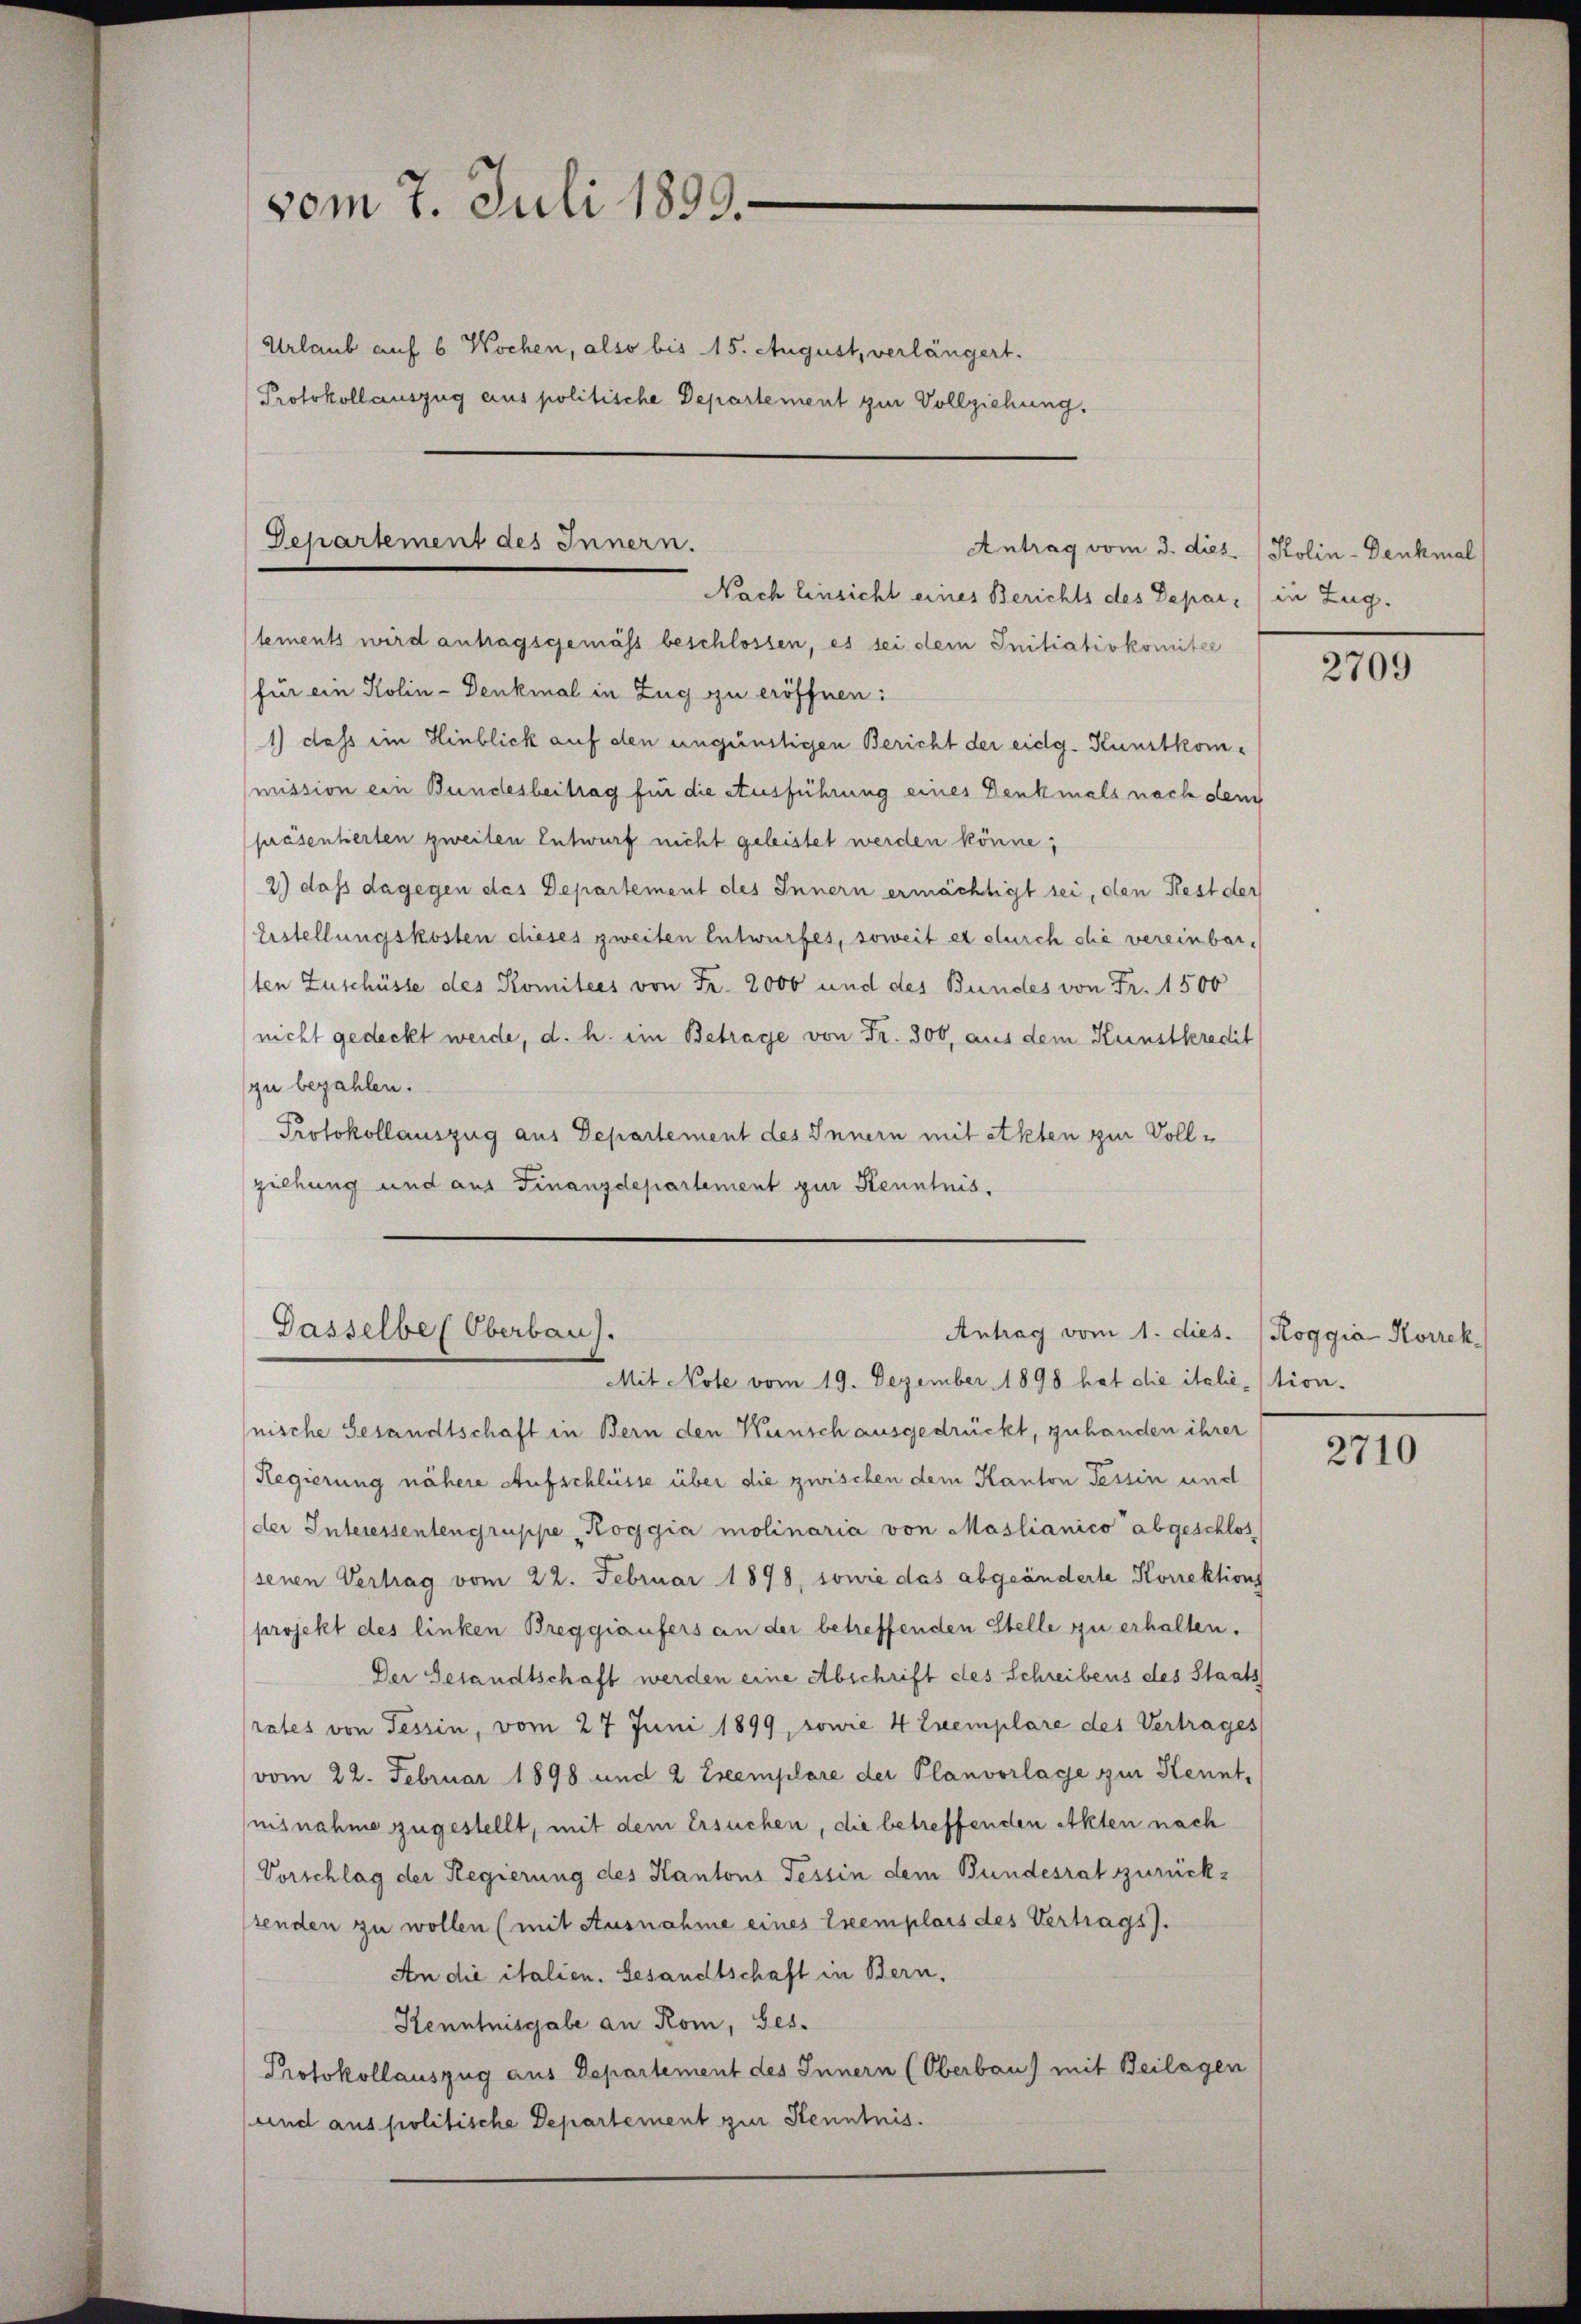
vom 7. Juli 1899.
Urlaub auf 6 Wochen, also bis 15. August, verlängert.
Protokollauszug aus politische Departement zur Vollziehung.

Departement des Innern.
Antrag vom 3. dies Kolin-Denkmal
Nach Einsicht eines Berichts des Depar, in Zug.

lements wird antragsgemäss beschlossen, es sei dem Initiativkomitee
für ein Kolin - Denkmal in Zug zu eröffnen:
1) dass im Hinblick auf den ungünstigen Bericht der eidg. Kunstkommission ein Bundesbeitrag für die Ausführung eines Denkmals nach dem
präsenheiten zweiten Entwurf nicht geleistet werden könne;
2) daß dagegen des Departement des Innern ermächtigt sei, den Rest der
Erstellungskosten dieses zweiten Entwurfes, soweit er durch die vereinbarten Zuschüsse des Komitees von Fr. 2000 und des Bundes von Fr. 1500
nicht gedeckt werde, d. h. ein Betrage von Fr. 300, aus dem Kunstkredit
zu bezahlen.
Protokollauszug aus Departement des Innern mit Akten zur Vollziehung und aus Finanzdepartement zur Kenntnis.

Gasselbes Oberbau).
Antrag vom 1. dies. (Roggia Korrek¬

2709

Mit Note vom 19. Dezember 1898 hat die italictionnische Gesandtschaft in Bern den Künsch ausgedrückt, zuhanden ihrer
Regierung nähere Aufschlüsse über die zwischen dem Kanton Tessin und
der Interessentengruppe "Koggia molinaria von Maslianico abgeschlos
senen Vertrag vom 22. Februar 1898, sowie das abgeänderte Korrektions
projekt des linken Breggianfers an der betreffenden Stelle zu erhalten.
Der Gesandtschaft werden eine Abschrift des Schreibens des Staats
rates von Tessin, vom 27 Juni 1899, sowie 4 Exemplare des Vertrages
vom 22. Februar 1898 und 2 Exemplare der Planvorlage zur Kennt,
nisnahme zugestellt, mit dem Ersuchen, die betreffenden Akten nach
Vorschlag der Regierung des Kantons Tessin dem Bundesrat zurück-
senden zu wollen (mit Ausnahme eines Exemplars des Vertrags).
An die italien. Gesandtschaft in Bern.
Kenntnisgabe an Rom, Ges.
Protokollauszug aus Departement des Innern (Oberbau) mit Beilagen
und aus politische Departement zur Kenntnis.

2710